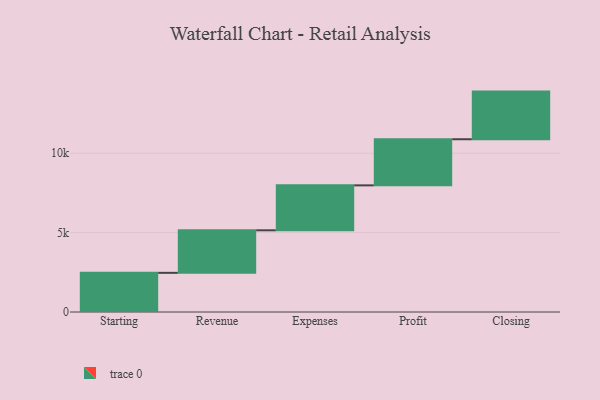
{"axis": {"x": "Step", "y": "Value"}, "legend": [""], "data": [{"x": "Starting", "y": 2466.0, "type": ""}, {"x": "Revenue", "y": 2678.0, "type": ""}, {"x": "Expenses", "y": 2830.0, "type": ""}, {"x": "Profit", "y": 2904.0, "type": ""}, {"x": "Closing", "y": 3000, "type": ""}]}